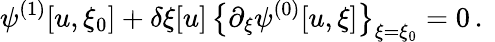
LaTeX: \psi^{(1)}[u,\xi_{0}]+\delta\xi[u]\, \big\{ \partial_{\xi}\psi^{(0)}[u,\xi]\big\} _{\xi=\xi_{0}}=0\, .\